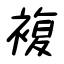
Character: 複